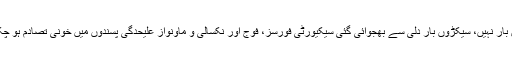
درجنوں بار نہیں، سیکڑوں بار دِلّی سے بھجوائی گئی سیکیورٹی فورسز، فوج اور نکسالی و ماؤنواز علیحدگی پسندوں میں خونی تصادم ہو چکے ہیں۔